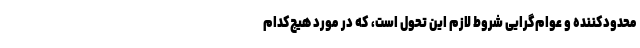
محدودکننده و عوام‌گرایی شروط لازم این تحول است، که در مورد هیچ‌کدام